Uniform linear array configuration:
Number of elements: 24
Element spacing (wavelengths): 1
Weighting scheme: exponential
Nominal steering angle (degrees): -45
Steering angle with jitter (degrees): -43.248
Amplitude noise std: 0.05
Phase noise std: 0.05

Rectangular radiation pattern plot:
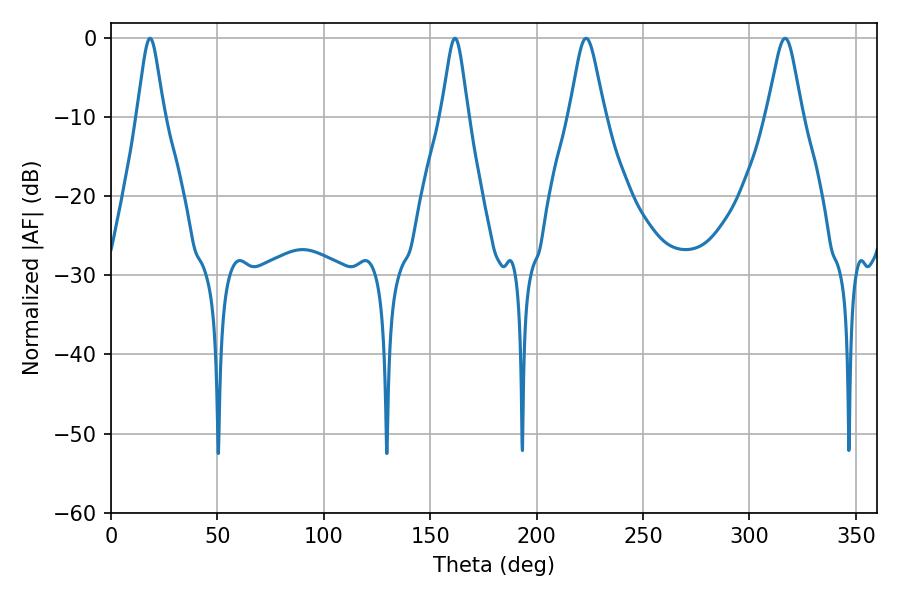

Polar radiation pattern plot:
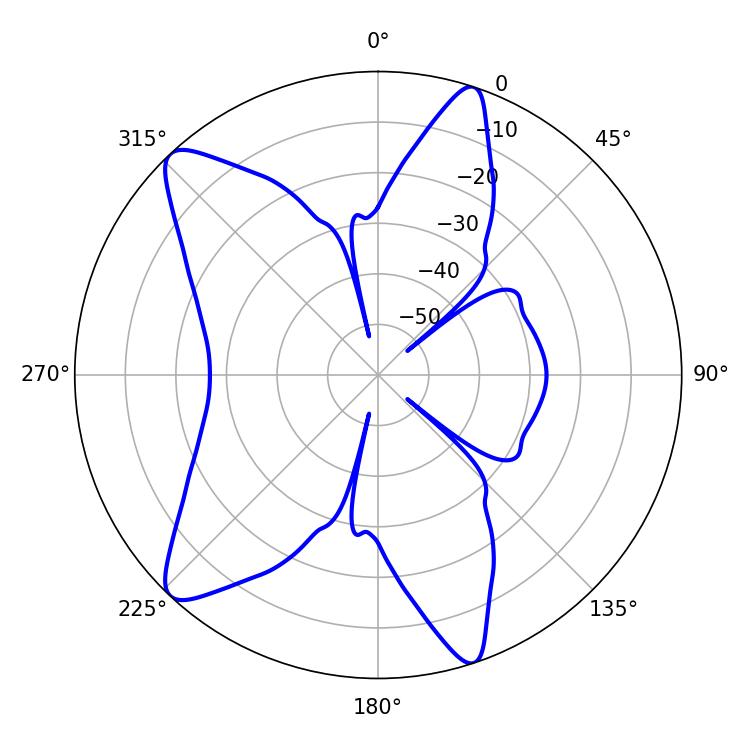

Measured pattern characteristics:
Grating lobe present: TRUE
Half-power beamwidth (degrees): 6.12
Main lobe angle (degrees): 18.36